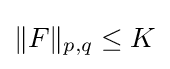
\|F\|_{p,q}\leq K